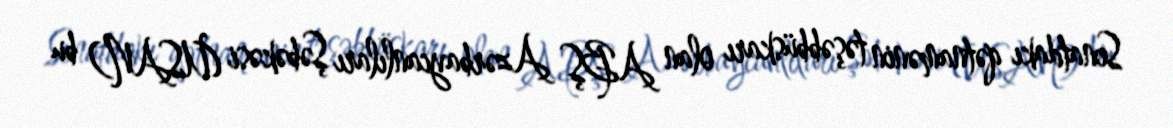
Senatdakı qətnamənin təşəbbüskarı olan ABŞ Azərbaycanlıları Şəbəkəsi (USAN) bu